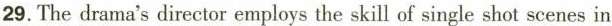
29. The drama's director employs the skill of single shot scenes in